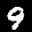
Label: 9